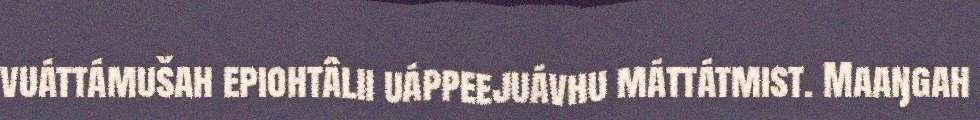
vuáttámušah epiohtâlii uáppeejuávhu máttátmist. Maaŋgah